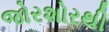
જોરશોરથી